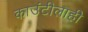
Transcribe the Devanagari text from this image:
काउंटीलाही